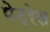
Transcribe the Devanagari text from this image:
पेट्रेल